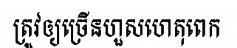
ត្រូវឲ្យច្រើនហួសហេតុពេក